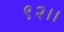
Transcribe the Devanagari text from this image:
९२।।